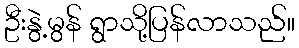
ဦးနွဲ့မွန် ရွာသို့ပြန်လာသည်။